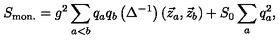
S _ { \mathrm { m o n . } } = g ^ { 2 } \sum _ { a < b } ^ { } q _ { a } q _ { b } \left( \Delta ^ { - 1 } \right) \left( \vec { z } _ { a } , \vec { z } _ { b } \right) + S _ { 0 } \sum _ { a } ^ { } q _ { a } ^ { 2 } ,